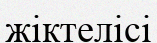
жіктелісі